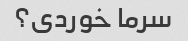
سرما خوردی؟